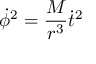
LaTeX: { \dot { \phi } } ^ { 2 } = { \frac { M } { r ^ { 3 } } } { \dot { t } } ^ { 2 }